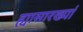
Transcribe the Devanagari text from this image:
ह्यासारख्यां